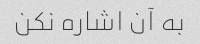
به آن اشاره نکن